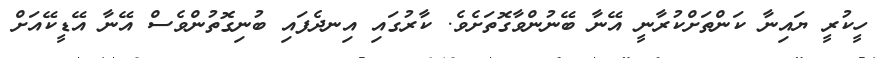
ހީކުރީ ޔައިނާ ކަންތަށްކުރާނީ އޭނާ ބޭނުންވާގޮތަށެވެ. ކާރުގައި އިނދެފައި ބުނިގޮތުންވެސް އޭނާ އޭޑީކޭއަށް